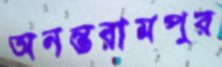
অনন্তরামপুর